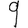
Digit: 9